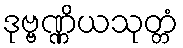
ဒုဗ္ဗဏ္ဏိယသုတ္တံ